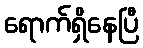
ရောက်ရှိနေပြီ